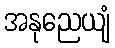
အနုညေယျံ